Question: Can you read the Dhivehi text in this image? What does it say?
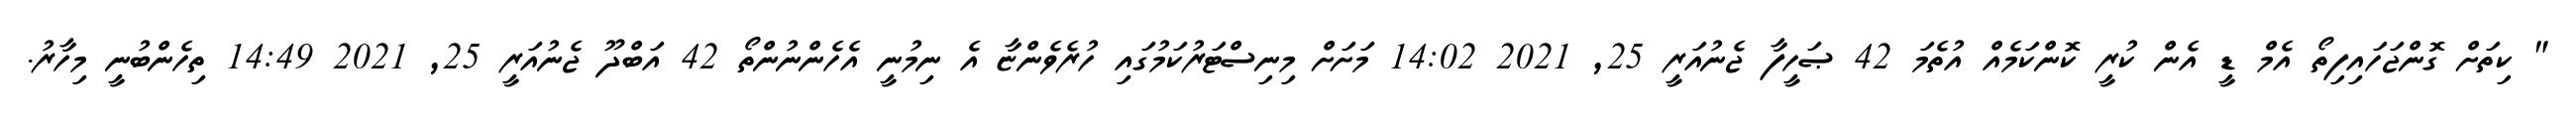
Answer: " ކިތަށް ގޮންޖަހައިފިތޯ އެމް ޑީ އެން ކުރީ ކޮންކަމެއް އުތެމަ 42 ޞަހީފާ ޖެނުއަރީ 25, 2021 14:02 މަށަށް މިނިސްޓަރުކަމުގައި ހުރެވެންޏާ އެ ނިމުނީ އެހެންނުންތޯ 42 އަބްދޫ ޖެނުއަރީ 25, 2021 14:49 ތިހެންބުނީ މިހާރު.